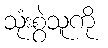
သုံးစွဲသူကို